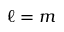
\ell = m